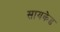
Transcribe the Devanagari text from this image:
सायकेड